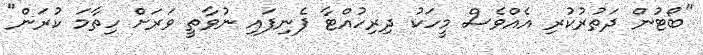
"ބޯޓުން ދަތުުރުކުރި އެއްވެސް މީހަކު ދިރިހުއްޓާ ފެނިފައި ނުވާތީ ވަރަށް ހިތާމަ ކުރަން"